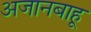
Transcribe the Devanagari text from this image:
अजानबाहू